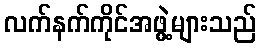
လက်နက်ကိုင်အဖွဲ့များသည်